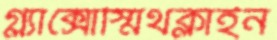
গ্ল্যাক্সোস্মিথক্লাইন